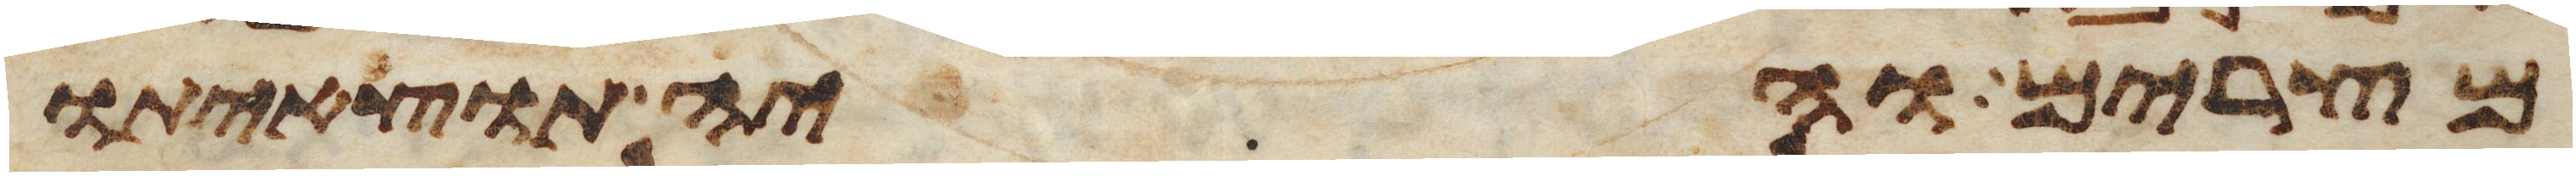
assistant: מצרים והיה תוצאיתו